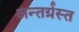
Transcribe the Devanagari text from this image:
अन्‍तर्ग्रस्‍त